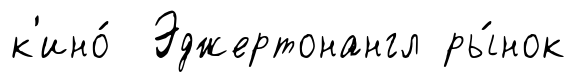
к'ино́ Эджертонангл ры́нок